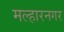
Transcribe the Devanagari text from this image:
मल्हारनगर